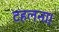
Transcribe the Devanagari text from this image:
टहलना।